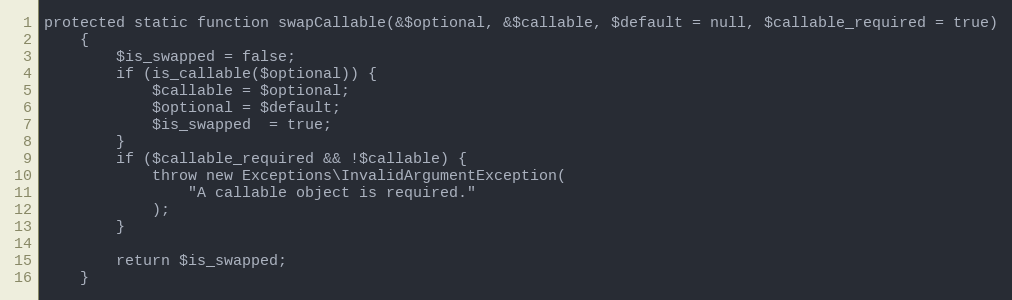
Language: PHP
protected static function swapCallable(&$optional, &$callable, $default = null, $callable_required = true)
    {
        $is_swapped = false;
        if (is_callable($optional)) {
            $callable = $optional;
            $optional = $default;
            $is_swapped  = true;
        }
        if ($callable_required && !$callable) {
            throw new Exceptions\InvalidArgumentException(
                "A callable object is required."
            );
        }

        return $is_swapped;
    }